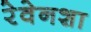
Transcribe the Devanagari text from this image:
रेवेनशा